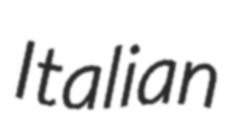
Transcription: Italian